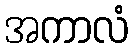
အကာလံ